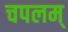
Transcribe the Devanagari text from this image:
चपलम्